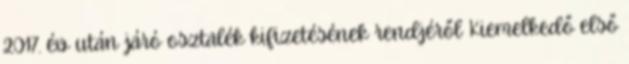
2017. év után járó osztalék kifizetésének rendjéről Kiemelkedő első